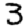
Digit: 3